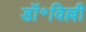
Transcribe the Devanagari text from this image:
डॉ॰विल्ली